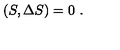
( S , \Delta S ) = 0 \ .